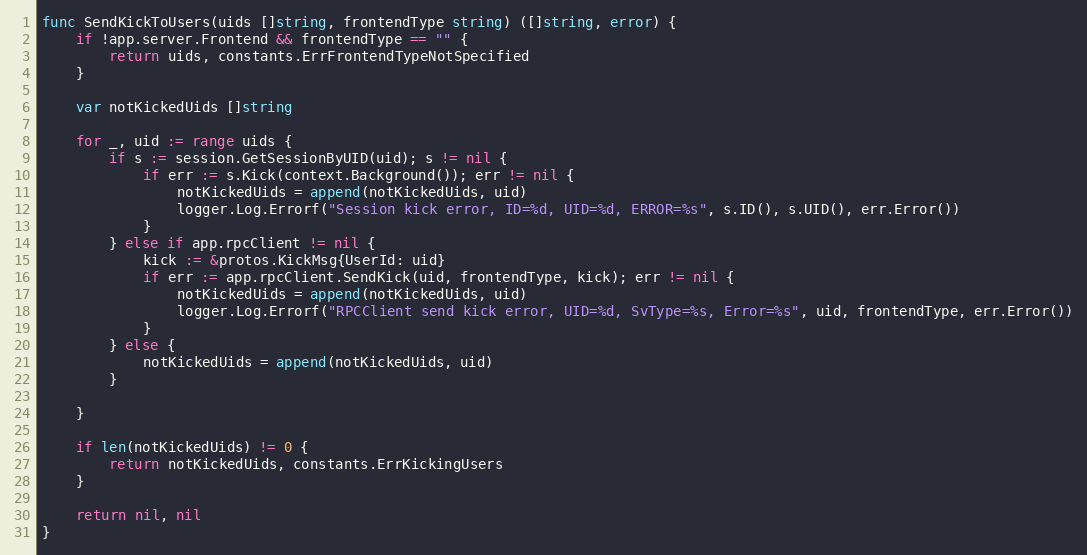
Language: Go
func SendKickToUsers(uids []string, frontendType string) ([]string, error) {
	if !app.server.Frontend && frontendType == "" {
		return uids, constants.ErrFrontendTypeNotSpecified
	}

	var notKickedUids []string

	for _, uid := range uids {
		if s := session.GetSessionByUID(uid); s != nil {
			if err := s.Kick(context.Background()); err != nil {
				notKickedUids = append(notKickedUids, uid)
				logger.Log.Errorf("Session kick error, ID=%d, UID=%d, ERROR=%s", s.ID(), s.UID(), err.Error())
			}
		} else if app.rpcClient != nil {
			kick := &protos.KickMsg{UserId: uid}
			if err := app.rpcClient.SendKick(uid, frontendType, kick); err != nil {
				notKickedUids = append(notKickedUids, uid)
				logger.Log.Errorf("RPCClient send kick error, UID=%d, SvType=%s, Error=%s", uid, frontendType, err.Error())
			}
		} else {
			notKickedUids = append(notKickedUids, uid)
		}

	}

	if len(notKickedUids) != 0 {
		return notKickedUids, constants.ErrKickingUsers
	}

	return nil, nil
}